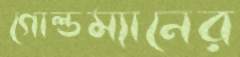
গোল্ডম্যানের